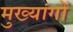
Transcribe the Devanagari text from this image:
मुख्यांगों